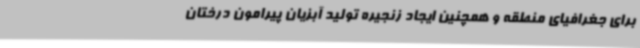
برای جغرافیای منطقه و همچنین ایجاد زنجیره تولید آبزیان پیرامون درختان